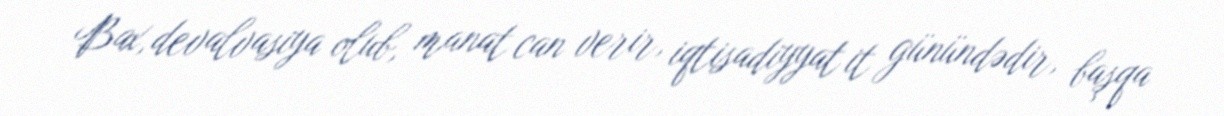
Bax, devalvasiya olub, manat can verir, iqtisadiyyat it günündədir, başqa